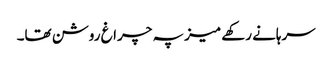
سرہانے رکھے میز پہ چراغ روشن تھا۔